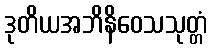
ဒုတိယအဘိနိဝေသသုတ္တံ